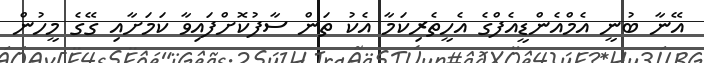
އޭނާ ބުނީ އެމްއެންޑީއެފްގެ އެހީތެރިކަމާ އެކު ތަން ސާފުކޮށްފައިވާ ކަމަށާއި ގޭގެ މީހުން